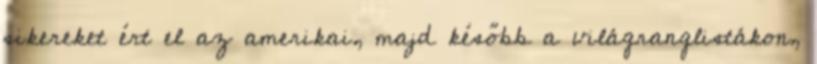
sikereket ért el az amerikai, majd később a világranglistákon,